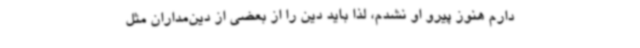
دارم هنوز پیرو او نشدم، لذا باید دین را از بعضی از دین‌مداران مثل